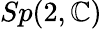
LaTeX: Sp(2,\mathbb{C})